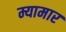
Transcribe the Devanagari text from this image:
म्यामार